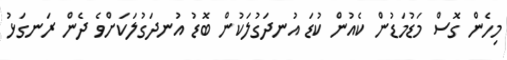
މިހެން ގޮސް މަޑުމަޑުން ކެއުން ކުޑަ އުނދަގުލަކުން ބޮޑު އުނދަގުލަކަށްވެ ދެން ރަނގަޅު